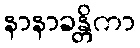
နာနာခန္တိကာ